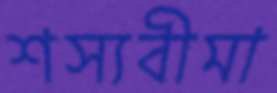
শস্যবীমা